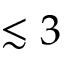
\lesssim 3